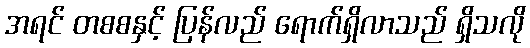
အရင် တစစနှင့် ပြန်လည် ရောက်ရှိလာသည် ရှိသလို